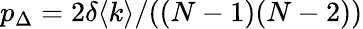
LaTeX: p_{\Delta}=2\delta\langle k\rangle/((N-1)(N-2))